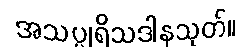
အသပ္ပုရိသဒါနသုတ်။